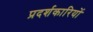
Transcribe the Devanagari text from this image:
प्रदर्शकारियों